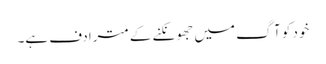
خود کو آگ میں جھونکنے کے مترادف ہے۔